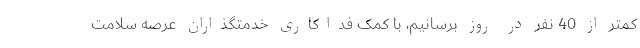
کمتر از 40 نفر در روز برسانیم، با کمک فداکاری خدمتگذاران عرصه سلامت